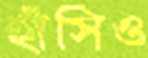
হাঁসিও